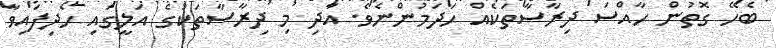
ބެހޭ ގޮތުން ހާއްސަ ދިރާސާތަކެއް ހަދަމުންނެވެ. އަދި މި ދިރާސާތަކުގެ އަލީގައި ހޯދިފައިވާ